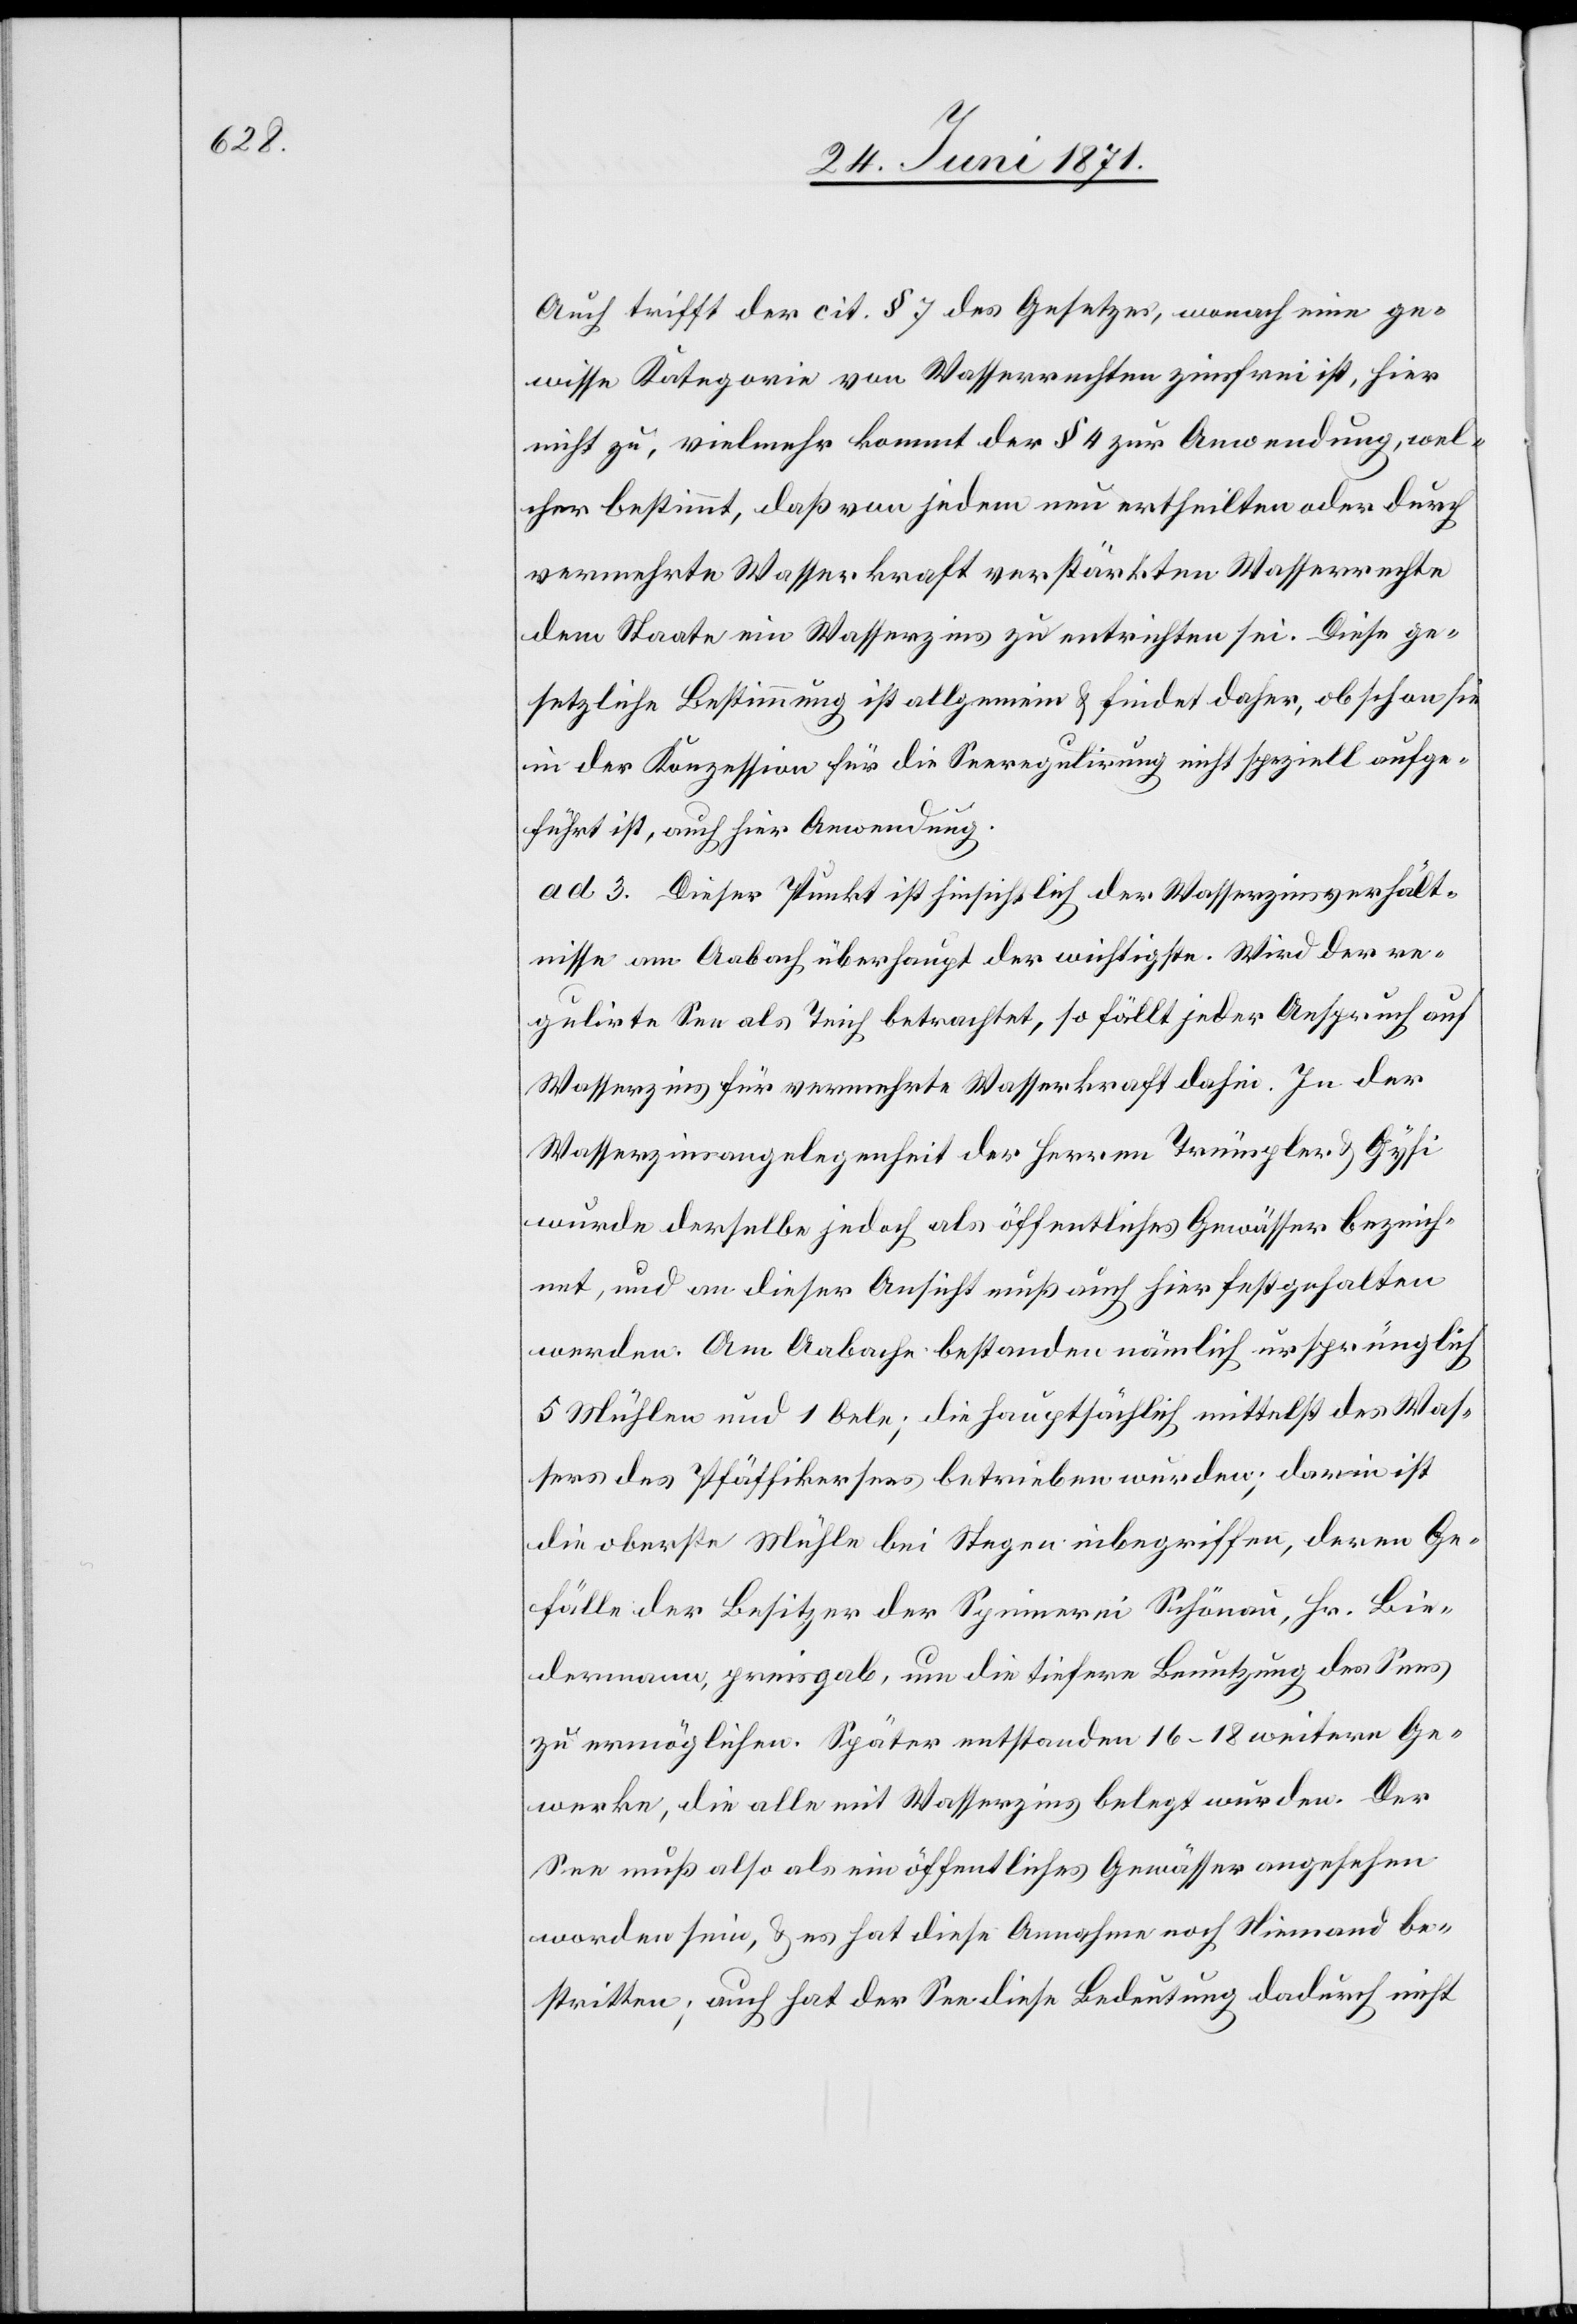
Auch trifft der cit. § 7 des Gesetzes, wonach eine ge¬
wisse Kategorie von Wasserrechten zinsfrei ist, hier
nicht zu, vielmehr kommt der § 4 zur Anwendung, wel¬
cher bestimmt, daß von jedem nun ertheilten oder durch
vermehrte Wasserkraft verstärkten Wasserrechte
dem Staate ein Wasserzins zu entrichten sei. Diese ge¬
setzliche Bestimmung ist allgemein u. finde daher, obschon sie
in der Konzession für die Seeregulirung nicht speziell aufge¬
führt ist, auch hier Anwendung.
ad 3. Dieser Punkt ist hinsichtlich der Wasserzinsverhält¬
nisse am Aabach überhaupt der wichtigste. Wird der re¬
gulirte See als Teich betrachtet, so fällt jeder Anspruch auf
Wasserzins für vermehrte Wasserkraft dahin. In der
Wasserzinsangelegenheit der Herren Trümpler u. Gysi
wurde derselbe jedoch als öffentliches Gewässer bezeich¬
net, und an dieser Ansicht muß auch hier festgehalten
werden. Am Aabache bestanden nämlich ursprünglich
5 Mühlen und 1 Oele; die hauptsächlich mittelst des Was¬
sers des Pfäffikersees betrieben wurden; darin ist
die oberste Mühle bei Stegen inbegriffen, deren Ge¬
fälle der Besitzer der Spinnerei Schönau, Hr. Bie¬
dermann, preisgab, um die tiefere Benutzung des Sees
zu ermöglichen. Später entstanden 16–18 weitere Ge¬
werke, die alle mit Wasserzins belegt wurden. Der
See muß also als ein öffentliches Gewässer angesehen
worden sein, u. es hat diese Annahme noch Niemand be¬
stritten; auch hat der See diese Bedeutung dadurch nicht